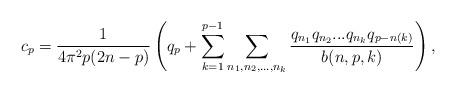
LaTeX: \begin{align*}c_{p}=\frac{1}{4\pi^{2}p(2n-p)}\left( q_{p}+\sum_{k=1}^{p-1}\sum_{n_{1},n_{2},...,n_{k}}\frac{q_{n_{1}}q_{n_{2}}...q_{n_{k}}q_{p-n(k)}}{b(n,p,k)}\right) ,\end{align*}